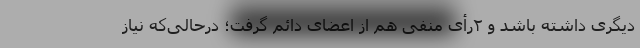
دیگری داشته باشد و ۲‌رأی منفی هم از اعضای دائم گرفت؛ درحالی‌که نیاز